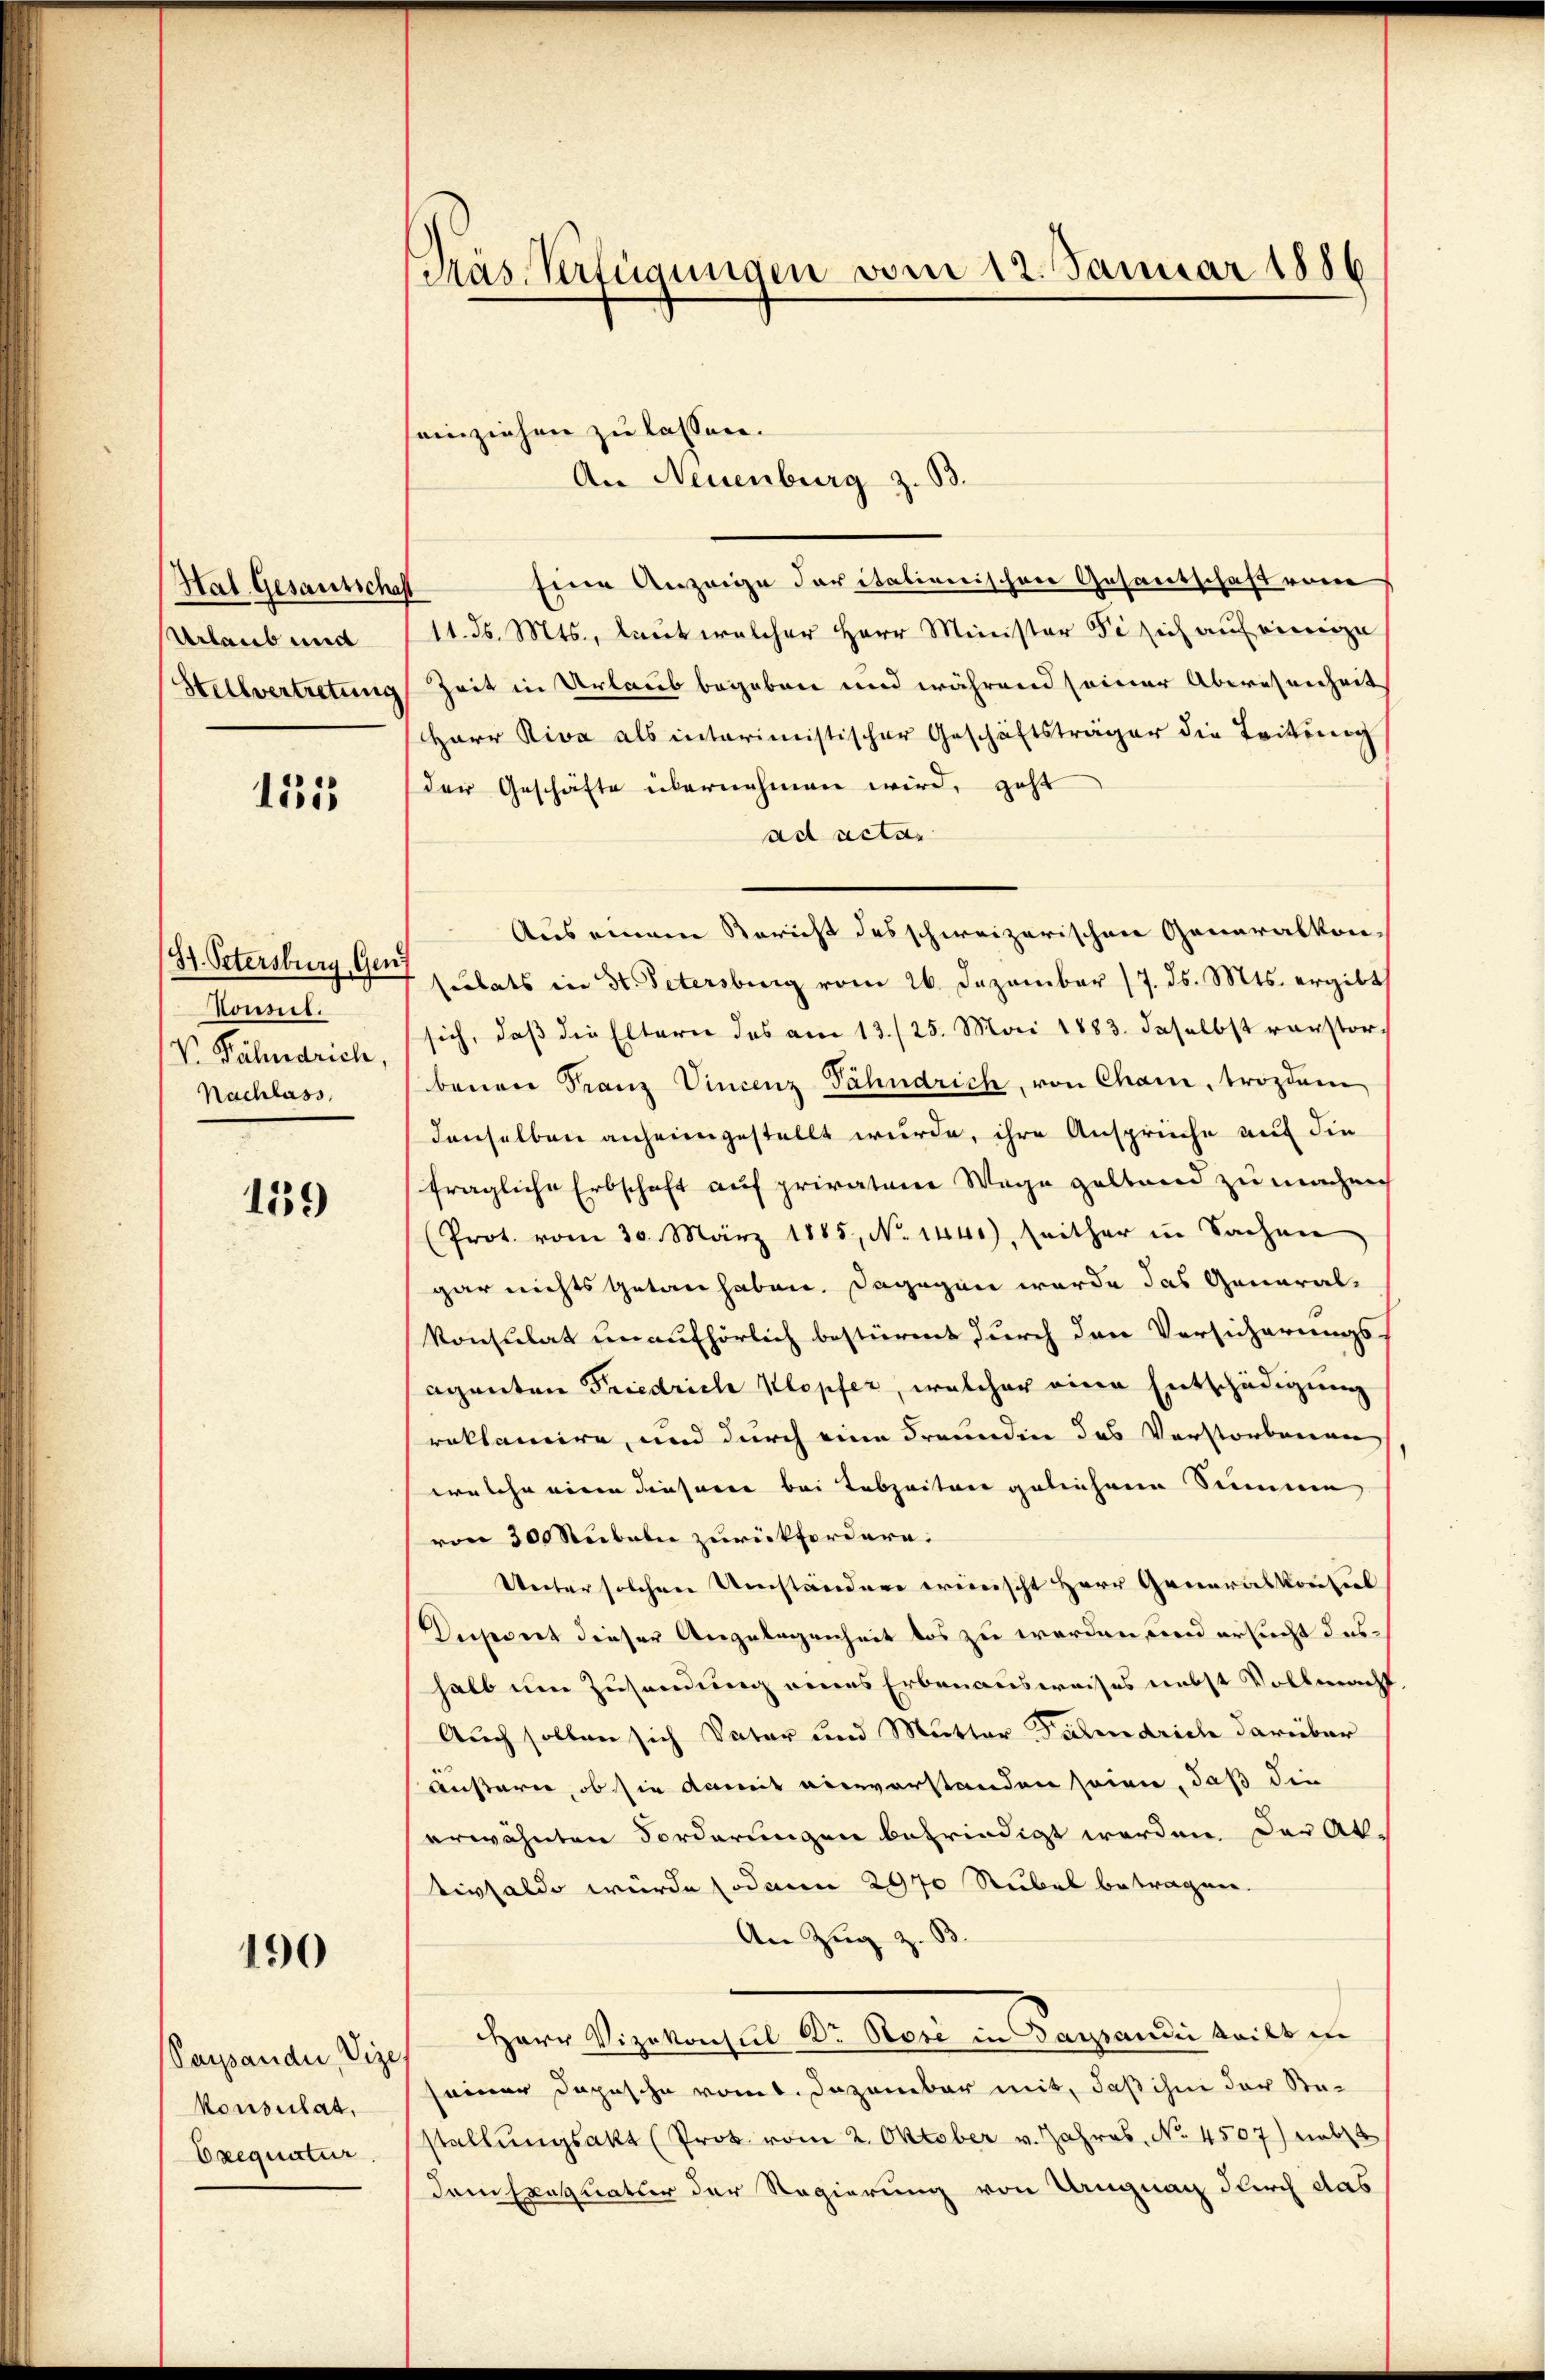
Hal. Gesantschaft
Urlaub und
Stellvertretung

155

81. Petersburg Gen
Donsil.
V. Bähndrich
Nachlass,

159

190

Saipandi, Vize
konsulat,
Exequatur.

Präs. Verfügungen vom 12. Januar 1886

seinziehen zu lassen.
Eine Anzeige daritationischen Gesantschaft vom
11. d. Mts., laut welcher Herr Minister se sich auf einige
Zeit in Urlaub begeben und während seiner Abwesenheit
HHerr Riva als interimistischer Geschäftsträger die Teitung
der Geschäfte übernehmen wird, geht
ad acta
Aus einem Bericht des schweizerischen Generalkon-
sulats in St. Petersburg vom 26. Dezember 17. ds. Mts. ergibt
sich, daß die Eltern des am 13./25. Mai 1883. daselbst verstorbenen Franz Vincenz Fähndrich, von Cham, trozdam
denselben anheimgestellt wurde, ihre Ansprüche auf die
fragliche Erbschaft auf privatane Wege geltend zu machen
(Prot. vom 30. März 1885, No 1440), seither in Sachen
gar nichts getan haben. Dagegen werde das General-
konsulat unaufhörlich bestürmt durch den Versicherungs
aganten Friedrich Klopfer, welcher eine Entschädigung
roklamire, und durch eine Freunden das Verstorbenen
welche einen dieser bei Lebzeiten geliehene Summe
von 300 Stübeln zurückfordern.
Unter solchen Umständere wünscht Herr Generalkonsil
Unseret dieser Angelegenheit des zu werden, und ersucht das
halb um Zusendung eines Erbenausweises nebst Vollmacht
Auch sollen sich Vater und Mutter Faledrich darüber
äußern, ob sie damit viervorstanden seien, daß die
erwähnten Forderungen befriedigt werden der Al.
tivsaldo würde sodann 2970 Rubel betragen.
An Zug z. B
Herr Vizekonsul Dr. Rose in Dassaudii teilt in
seiner Depesche vom. Dezember mit, daß ihm der Bestallŭngsakt (Prok. vom 2. Oktober v. Jahres, No. 4507) nebst
dem Einzuatur der Regierung von Ungnag durch das

An Neuenburg z. B.